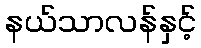
နယ်သာလန်နှင့်